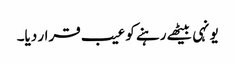
یونہی بیٹھے رہنے کو عیب قرار دیا۔